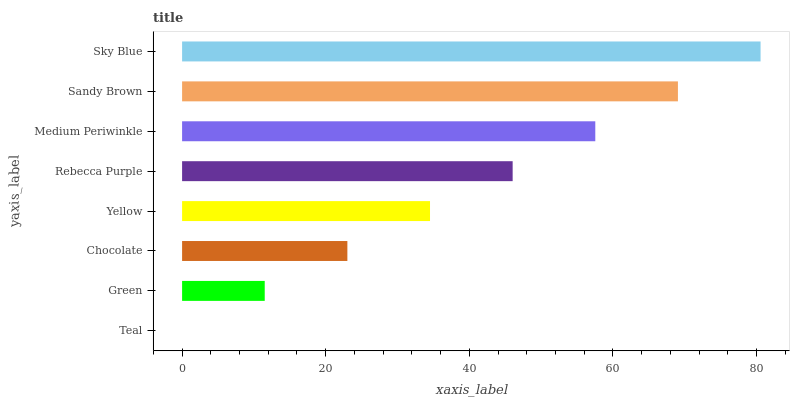
| yaxis_label | bars |
 | --- | --- |
 | Teal | 0 |
 | Green | 11.5 |
 | Chocolate | 23 |
 | Yellow | 34.5 |
 | Rebecca Purple | 46 |
 | Medium Periwinkle | 57.5 |
 | Sandy Brown | 69.1 |
 | Sky Blue | 80.6 |